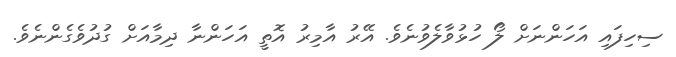
ސިހިފައި އަހަންނަށް ލޯ ހުޅުވާލެވުނެވެ. އޭރު އާމިރު އޮތީ އަހަންނާ ދިމާއަށް ގުދުވެގެންނެވެ.